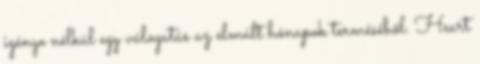
igénye nélkül egy válogatás az elmúlt hónapok terméséből. Heart